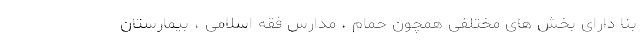
بنا دارای بخش های مختلفی همچون حمام ، مدارس فقه اسلامی ، بیمارستان